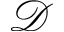
\mathcal { D }